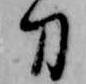
刀